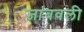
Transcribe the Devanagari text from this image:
जांबवली